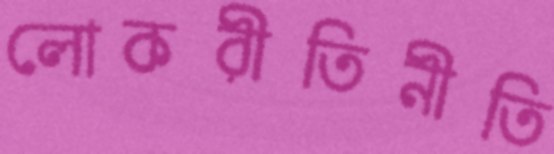
লোকরীতিনীতি